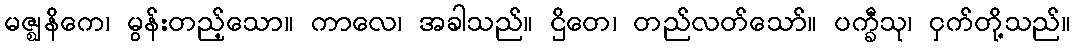
မဇ္ဈနိကေ၊ မွန်းတည့်သော။ ကာလေ၊ အခါသည်။ ဌိတေ၊ တည်လတ်သော်။ ပက္ခီသု၊ ငှက်တို့သည်။